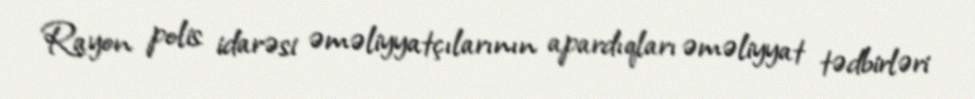
Rayon polis idarəsi əməliyyatçılarının apardıqları əməliyyat tədbirləri